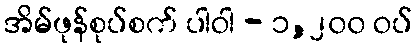
အိမ်ဖုန်စုပ်စက် ပါဝါ - ၁,၂၀၀ ဝပ်